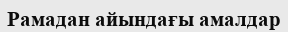
Рамадан айындағы амалдар